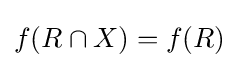
f(R\cap X)=f(R)